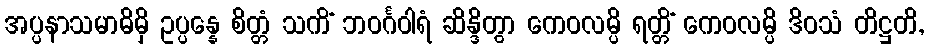
အပ္ပနာသမာဓိမှိ ဥပ္ပန္နေ စိတ္တံ သကိံ ဘဝင်္ဂဝါရံ ဆိန္ဒိတွာ ကေဝလမ္ပိ ရတ္တိံ ကေဝလမ္ပိ ဒိဝသံ တိဋ္ဌတိ,